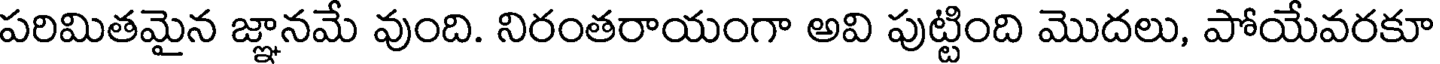
పరిమితమైన జ్ఞానమే వుంది. నిరంతరాయంగా అవి పుట్టింది మొదలు, పోయేవరకూ